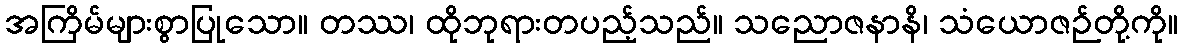
အကြိမ်များစွာပြုသော။ တဿ၊ ထိုဘုရားတပည့်သည်။ သညောဇနာနိ၊ သံယောဇဉ်တို့ကို။